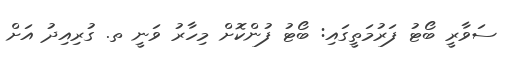
ސަވާރީ ބޯޓު ފަރުމަތީގައި: ބޯޓު ފުންކޮށް މިހާރު ވަނީ ތ. ގުރިއިދު އަށް